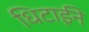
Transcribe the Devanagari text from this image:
धिटाईने